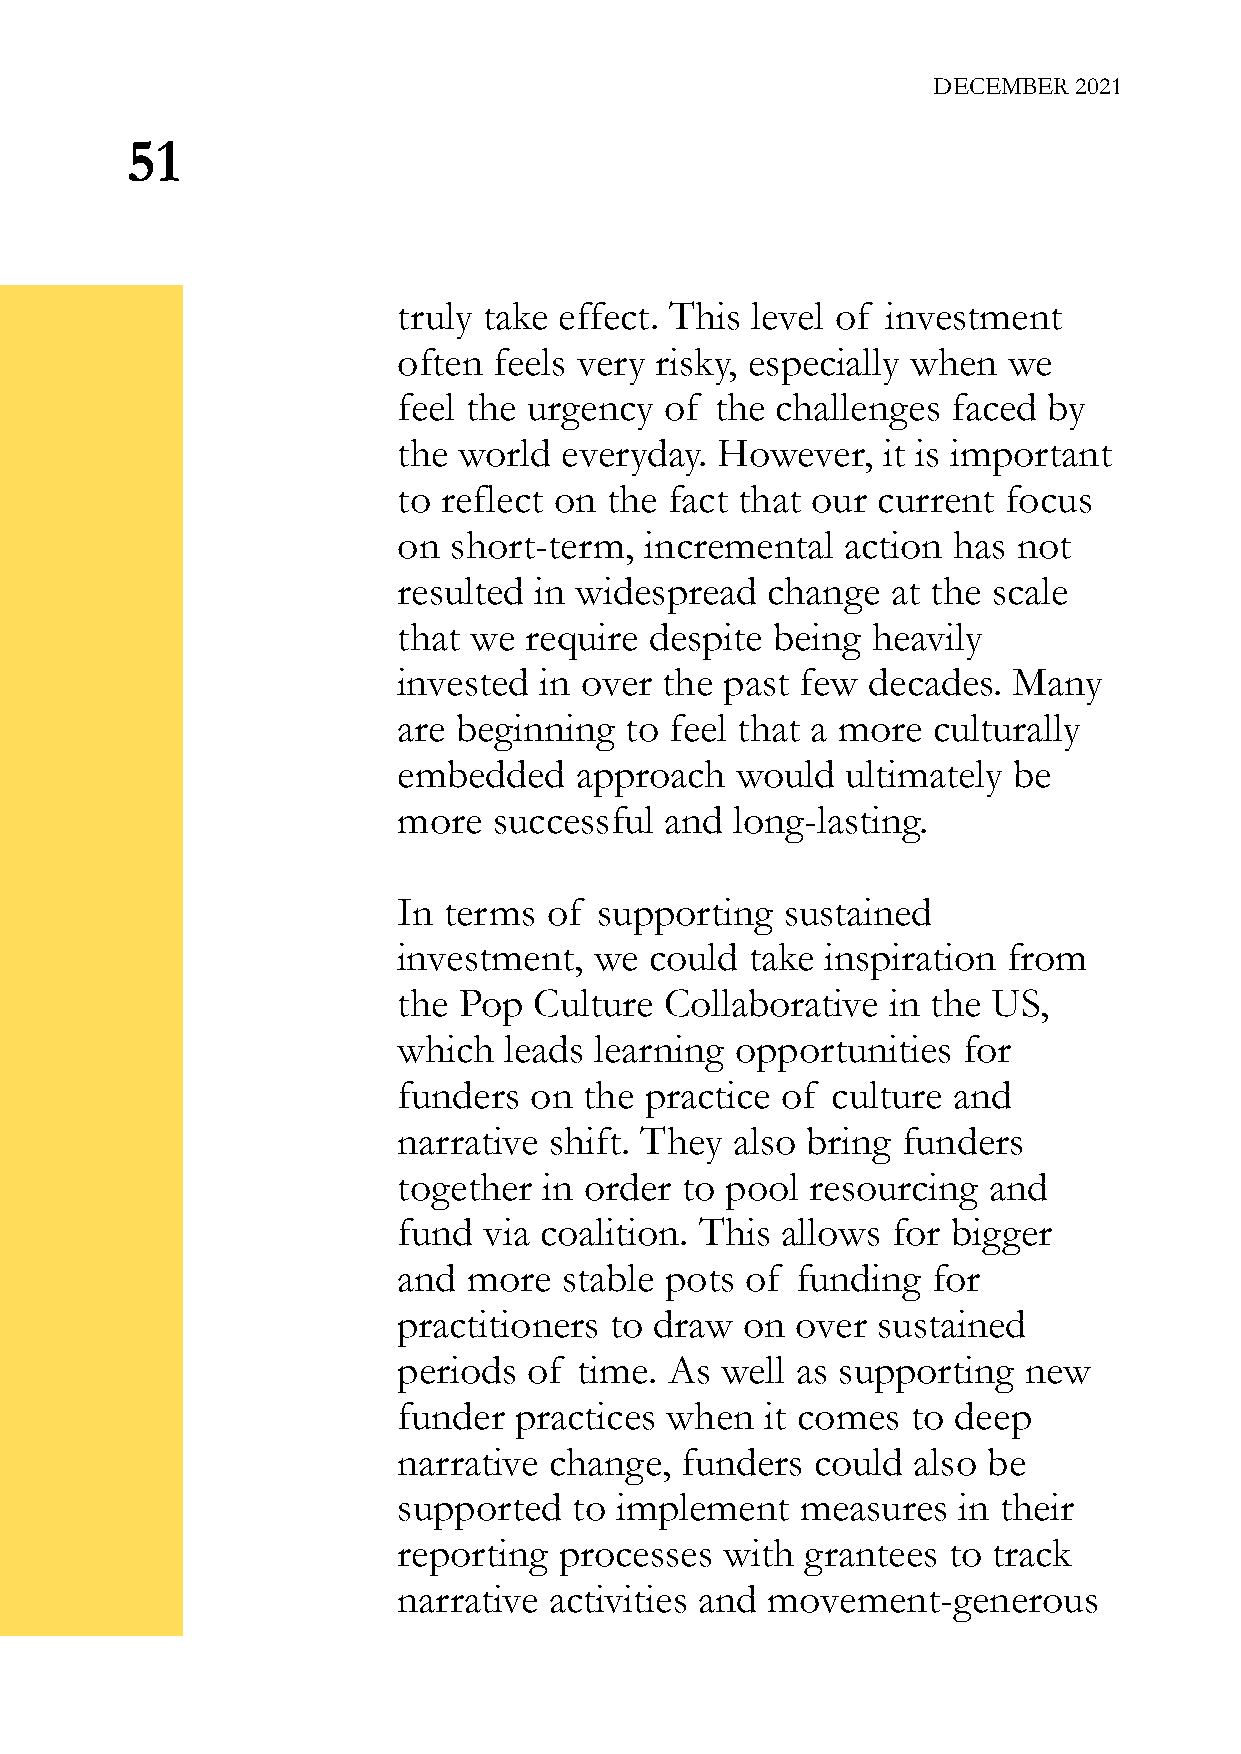
DECEMBER 2021
 51
 truly take effect. This level of investment
 often  feels very risky, especially when we
 feel the urgency  of the challenges  faced by
 the world  everyday. However,   it is important
 to reflect on the fact that our current focus
 on  short-term,  incremental  action has not
 resulted in widespread   change  at the scale
 that we  require despite being  heavily
 invested  in over the past few decades.  Many
 are beginning  to feel that a more  culturally
 embedded    approach   would  ultimately be
 more   successful and  long-lasting.
 In terms  of  supporting  sustained
 investment,  we  could  take inspiration from
 the Pop  Culture  Collaborative  in the US,
 which  leads learning  opportunities  for
 funders  on  the practice of culture and
 narrative shift. They also bring  funders
 together  in order to pool  resourcing and
 fund  via coalition. This allows for bigger
 and  more  stable pots of  funding  for
 practitioners to draw  on  over sustained
 periods  of time. As  well as supporting  new
 funder  practices when   it comes to deep
 narrative change,  funders  could also be
 supported   to implement   measures  in their
 reporting  processes  with grantees  to track
 narrative activities and movement-generous